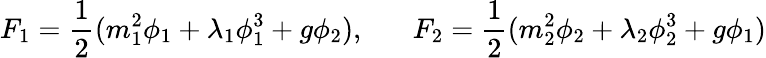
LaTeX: F_{1}=\frac{1}{2}(m_{1}^{2}\phi_{1}+\lambda_{1}\phi_{1}^{3}+g\phi_{2}),\; \; \; \; \; \; F_{2}=\frac{1}{2}(m_{2}^{2}\phi_{2}+\lambda_{2}\phi_{2}^{3}+g\phi_{1})